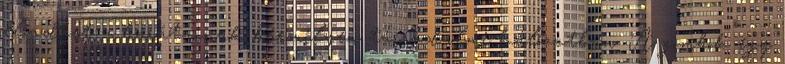
előadást a barátainak bármilyen társadalmi hálózatban. A gombok egy